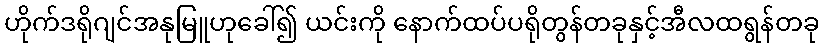
ဟိုက်ဒရိုဂျင်အနုမြူဟုခေါ်၍ ယင်းကို နောက်ထပ်ပရိုတွန်တခုနှင့်အီလထရွန်တခု